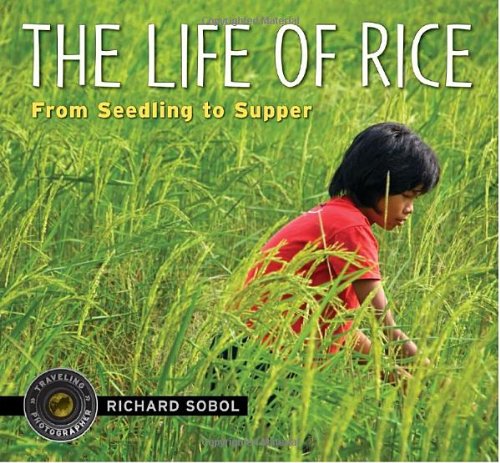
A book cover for The Life of Rice: From Seedling to Supper (Traveling Photographer); Richard Sobol; Children's Books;